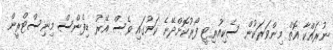
ނުރައްކާ އޮތް މިންވަރަކުން ސެކިއުރިޓީ ފޯރުކޮށްދޭނެ ކަމުގައި ވެސް އޭރު ޑިފެންސް މިނިސްޓްރީން